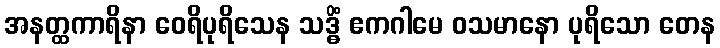
အနတ္ထကာရိနာ ဝေရိပုရိသေန သဒ္ဓိံ ဧကဂါမေ ဝသမာနော ပုရိသော တေန